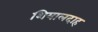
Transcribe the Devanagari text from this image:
शियालदाह